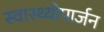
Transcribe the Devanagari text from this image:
स्वास्थ्योपार्जन